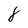
Character: 8